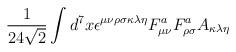
LaTeX: \begin{align*}\frac{1}{24\sqrt{2}}\int d^{7}x\epsilon ^{\mu \nu \rho \sigma \kappa \lambda\eta }F_{\mu \nu }^{a}F_{\rho \sigma }^{a}A_{\kappa \lambda \eta }\end{align*}